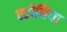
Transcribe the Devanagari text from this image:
एडोनिया